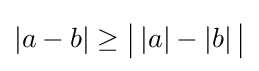
|a-b|\geq {\bigl |}\left|a\right|-\left|b\right|{\bigr |}